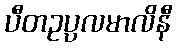
ပီတဥပ္ပလမာလိနီ